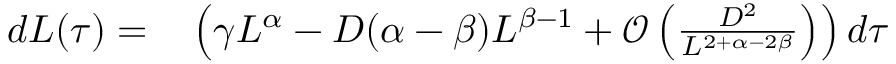
\begin{array} { r l } { d L ( \tau ) = } & { { } \left( \gamma L ^ { \alpha } - D ( \alpha - \beta ) L ^ { \beta - 1 } + \mathcal { O } \left( \frac { D ^ { 2 } } { L ^ { 2 + \alpha - 2 \beta } } \right) \right) d \tau } \end{array}